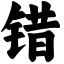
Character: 错